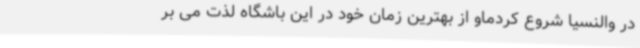
در والنسیا شروع کردماو از بهترین زمان خود در این باشگاه لذت می بر